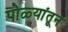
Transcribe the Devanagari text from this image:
पोळ्यांतून